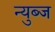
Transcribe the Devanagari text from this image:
न्युब्ज